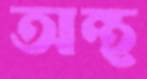
অন্থ